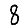
Digit: 8